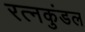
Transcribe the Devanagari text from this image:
रत्नकुंडल